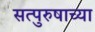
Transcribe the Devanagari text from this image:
सत्पुरुषाच्या